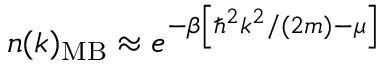
n ( k ) _ { \mathrm { M B } } \approx e ^ { - \beta \left[ \hbar ^ { 2 } k ^ { 2 } / ( 2 m ) - \mu \right] }